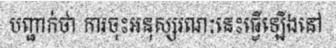
បញ្ជាក់ថា ការចុះអនុស្សរណៈនេះធ្វើឡើងនៅ